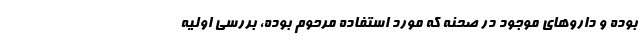
بوده و داروهای موجود در صحنه که مورد استفاده مرحوم بوده، بررسی اولیه